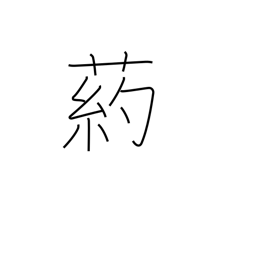
Meaning: type of tall grass